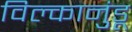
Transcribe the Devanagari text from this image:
विल्कानुंडू